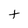
Character: t